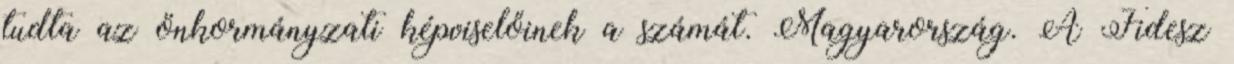
tudta az önkormányzati képviselőinek a számát. Magyarország. A Fidesz